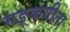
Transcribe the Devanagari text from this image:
मङ्कगीता